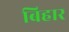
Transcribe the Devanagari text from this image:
बिहार